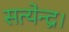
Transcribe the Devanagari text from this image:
सत्येन्द्र।